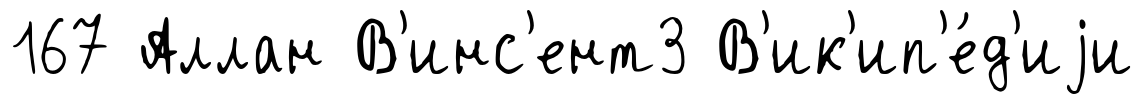
167 Аллан В'инс'ент3 В'ик'ип'е́д'иjи